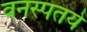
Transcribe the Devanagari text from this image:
वनस्पतये